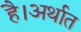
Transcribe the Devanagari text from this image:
है।अर्थात